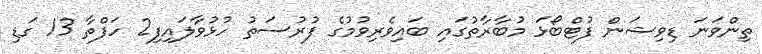
ތިންވަނަ ޑިވިޝަން ފުޓްބޯޅަ މުބާރާތުގައި ބައިވެރިވުމުގެ ފުރުސަތު ހުޅުވާލައިފި2 ހަފްތާ 13 ގަޑި